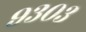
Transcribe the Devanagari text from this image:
९३०३